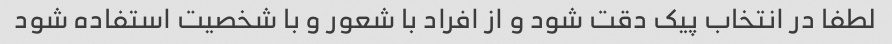
لطفا در انتخاب پیک دقت شود و از افراد با شعور و با شخصیت استفاده شود